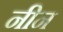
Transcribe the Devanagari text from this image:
नीन